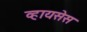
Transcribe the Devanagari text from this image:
व्हायसेस